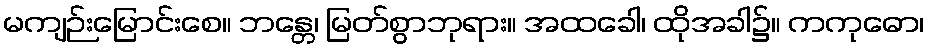
မကျဉ်းမြောင်းစေ။ ဘန္တေ၊ မြတ်စွာဘုရား။ အထခေါ၊ ထိုအခါ၌။ ကကုဓော၊